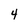
Character: 4